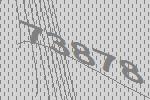
73878